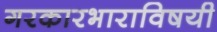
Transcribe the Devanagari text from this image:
गरकारभाराविषयी